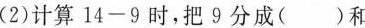
(2)计算14-9时，把9分成( )和